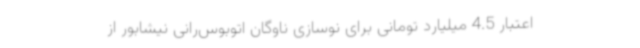
اعتبار 4.5 میلیارد تومانی برای نوسازی ناوگان اتوبوس‌رانی نیشابور از